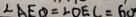
\angle A E O = \angle O E C = 6 0